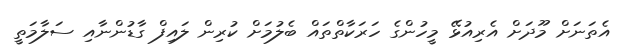
އެތަނަށް މޫދަށް އެރިއުޅޭ މީހުންގެ ހަރަކާތްތައް ބެލުމަށް ކުރިން ލައިފް ގާޑުންނާއި ސަލާމަތީ